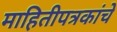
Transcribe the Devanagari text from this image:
माहितीपत्रकांचे